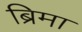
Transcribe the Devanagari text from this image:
ब्रिमा